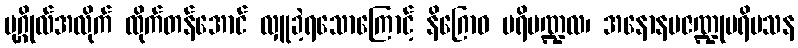
ပုဂ္ဂိုလ်အလိုက် ထိုက်တန်အောင် လှူခဲ့ရသောကြောင့် နိဂြောဓ ပရိမဏ္ဍလ၊ အနောနမဇဏ္ဍုပရိမသန